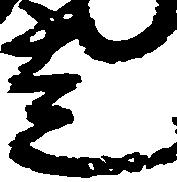
走